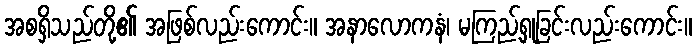
အစရှိသည်တို့၏ အဖြစ်လည်းကောင်း။ အနာလောကနံ၊ မကြည့်ရှုခြင်းလည်းကောင်း။